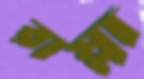
রাস্না